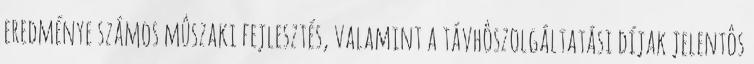
eredménye számos mûszaki fejlesztés, valamint a távhôszolgáltatási díjak jelentôs